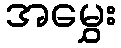
အမွှေး